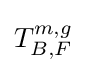
T_{B,F}^{m,g}